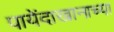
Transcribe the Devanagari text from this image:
पायेंदाखानाच्या